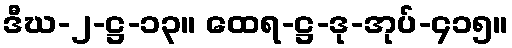
ဒီဃ-၂-ဋ္ဌ-၁၃။ ထေရ-ဋ္ဌ-ဒု-အုပ်-၄၁၅။